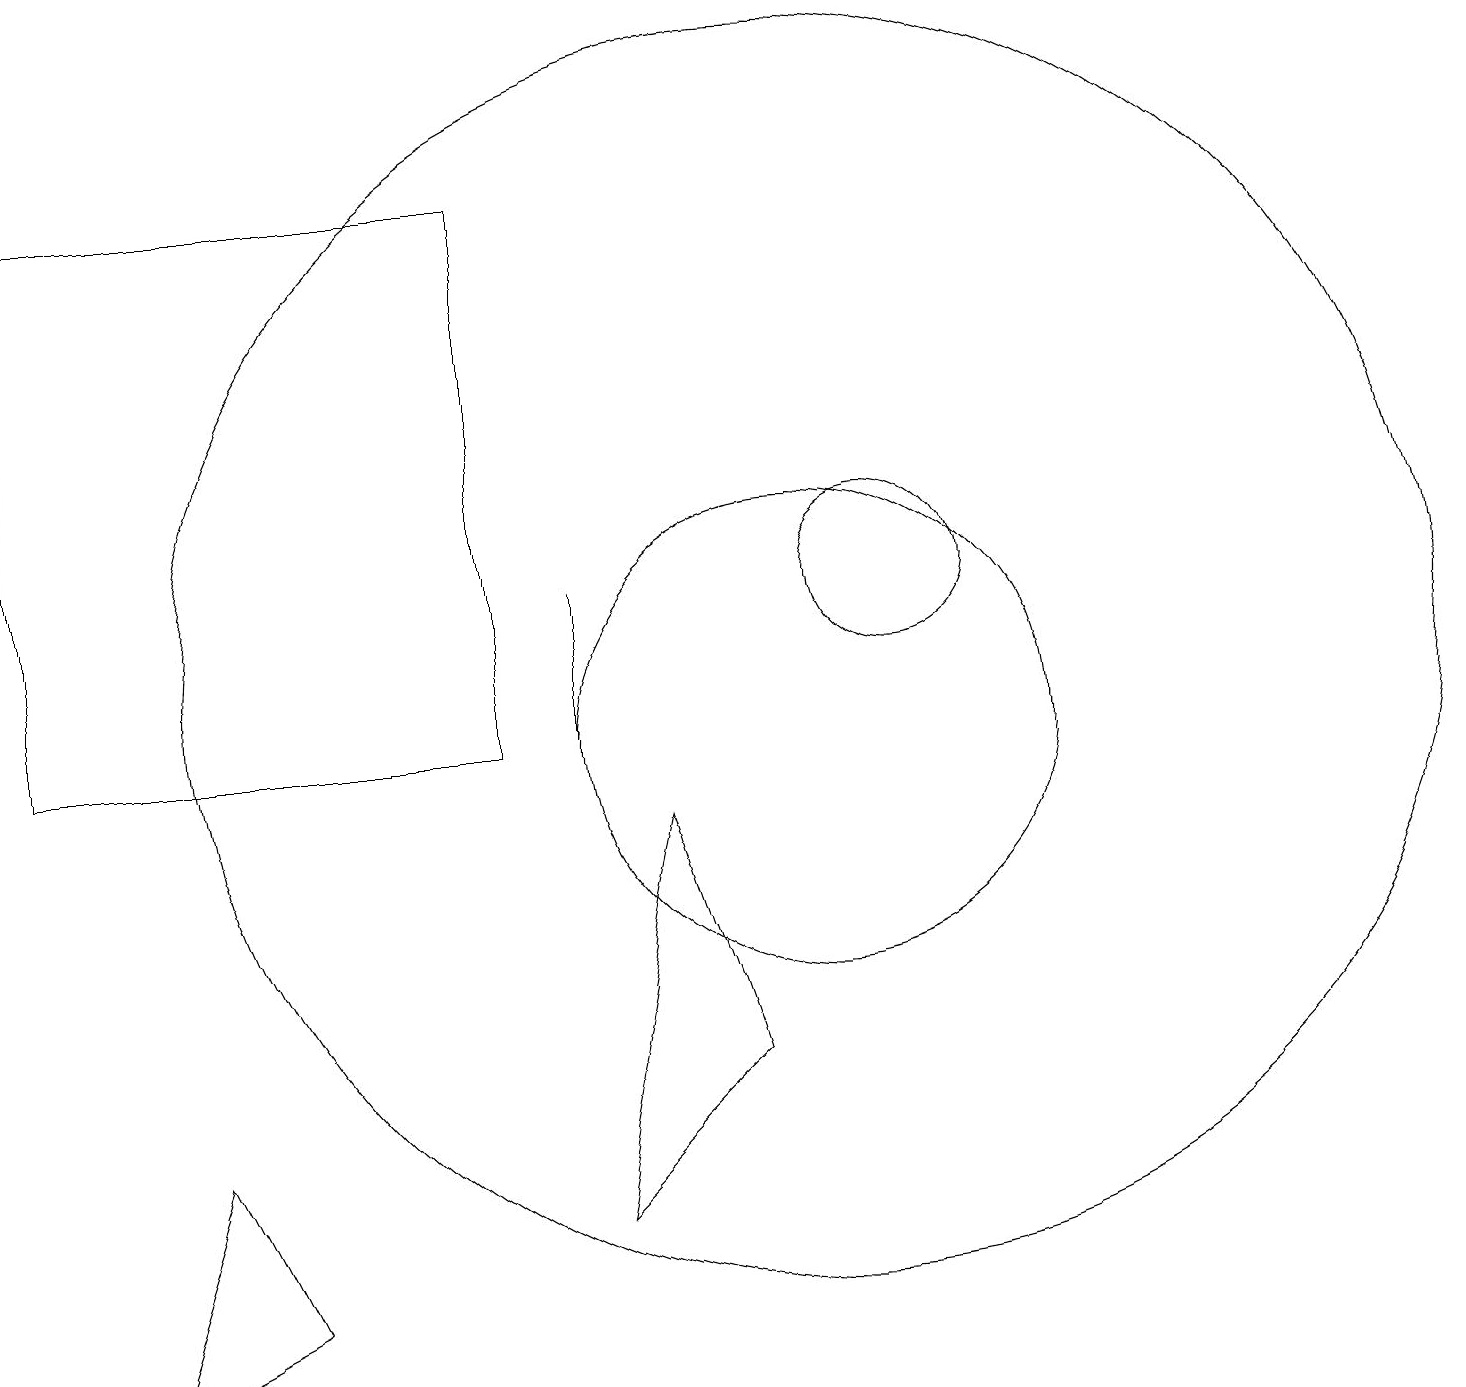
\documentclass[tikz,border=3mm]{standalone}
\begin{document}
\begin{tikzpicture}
\draw (10,11) circle (8);
\draw (10,10) circle (3);
\draw (11,12) circle (1);
\draw (9,6) -- (8,9) -- (7,4) -- cycle;
\draw (0,17) rectangle (6,10);
\draw (7,12) rectangle (7,10);
\draw (3,3) -- (1,2) -- (2,5) -- cycle;
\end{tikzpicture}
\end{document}